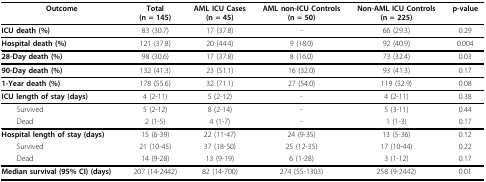
<table><thead><tr><td><b>Outcome</b></td><td><b>Total(n = 145)</b></td><td><b>AML ICU Cases(n = 45)</b></td><td><b>AML non-ICU Controls(n = 50)</b></td><td><b>Non-AML ICU Controls(n = 225)</b></td><td><b>p-value</b></td></tr></thead><tbody><tr><td><b>ICU death (%)</b></td><td>83 (30.7)</td><td>17 (37.8)</td><td>-</td><td>66 (29.3)</td><td>0.29</td></tr><tr><td><b>Hospital death (%)</b></td><td>121 (37.8)</td><td>20 (44.4)</td><td>9 (18.0)</td><td>92 (40.9)</td><td>0.004</td></tr><tr><td><b>28-Day death (%)</b></td><td>98 (30.6)</td><td>17 (37.8)</td><td>8 (16.0)</td><td>73 (32.4)</td><td>0.03</td></tr><tr><td><b>90-Day death (%)</b></td><td>132 (41.3)</td><td>23 (51.1)</td><td>16 (32.0)</td><td>93 (41.3)</td><td>0.17</td></tr><tr><td><b>1-Year death (%)</b></td><td>178 (55.6)</td><td>32 (71.1)</td><td>27 (54.0)</td><td>119 (52.9)</td><td>0.08</td></tr><tr><td><b>ICU length of stay (days)</b></td><td>4 (2-11)</td><td>5 (2-12)</td><td>-</td><td>4 (2-11)</td><td>0.38</td></tr><tr><td> Survived</td><td>5 (2-12)</td><td>8 (2-14)</td><td>-</td><td>5 (3-11)</td><td>0.44</td></tr><tr><td> Dead</td><td>2 (1-5)</td><td>4 (1-7)</td><td>-</td><td>1 (1-3)</td><td>0.17</td></tr><tr><td><b>Hospital length of stay (days)</b></td><td>15 (6-39)</td><td>22 (11-47)</td><td>24 (9-35)</td><td>13 (5-36)</td><td>0.12</td></tr><tr><td> Survived</td><td>21 (10-45)</td><td>37 (18-50)</td><td>25 (12-35)</td><td>17 (10-44)</td><td>0.22</td></tr><tr><td> Dead</td><td>14 (9-28)</td><td>13 (9-19)</td><td>6 (1-28)</td><td>3 (1-12)</td><td>0.17</td></tr><tr><td><b>Median survival (95% CI) (days)</b></td><td>207 (14-2442)</td><td>82 (14-700)</td><td>274 (55-1303)</td><td>258 (9-2442)</td><td>0.01</td></tr></tbody></table>